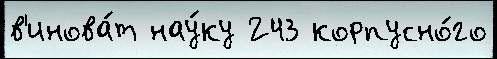
в'инова́т нау́ку 243 корпусно́го